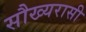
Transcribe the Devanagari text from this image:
सौख्यरासी